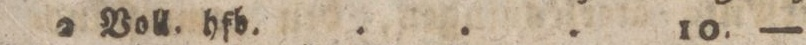
2 Voll. hfd. ... 10. —